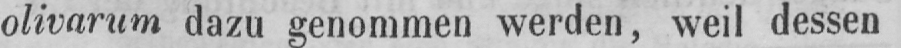
olivarum dazu genommen werden, weil dessen